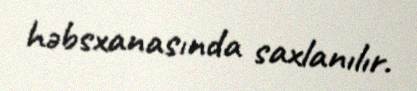
həbsxanasında saxlanılır.